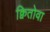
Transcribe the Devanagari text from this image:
क्वितोवा